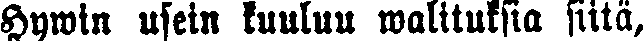
Hywin usein kuuluu walituksia siitä,